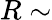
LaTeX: R\sim